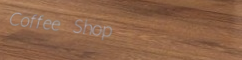
Coffee Shop